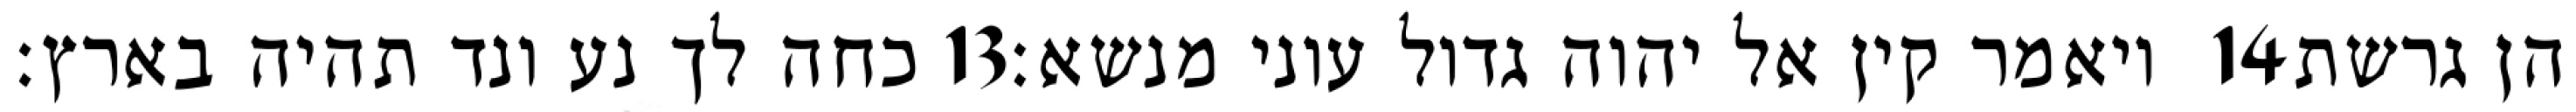
כחה לך נע ונד תהיה בארץ׃ ‎13‏ ויאמר קין אל יהוה גדול עוני מנשא׃ ‎14‏ הן גרשת